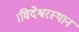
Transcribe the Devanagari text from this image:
।विदेश्वरस्थान